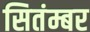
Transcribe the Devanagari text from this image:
सितंम्बर